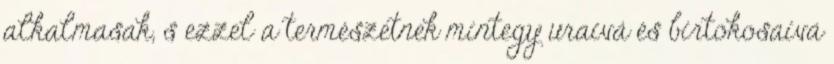
alkalmasak, s ezzel a természetnek mintegy uraivá és birtokosaivá